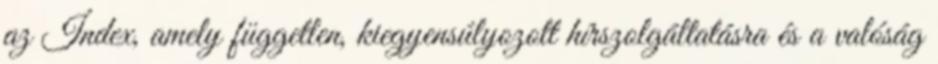
az Index, amely független, kiegyensúlyozott hírszolgáltatásra és a valóság